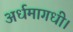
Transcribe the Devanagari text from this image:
अर्धमागधी।